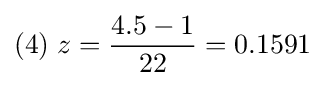
(4)\;z={\frac {4.5-1}{22}}=0.1591